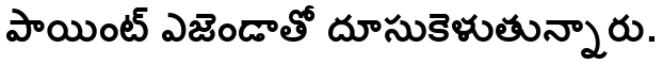
పాయింట్ ఎజెండాతో దూసుకెళుతున్నారు.